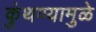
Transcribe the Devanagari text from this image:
कुंथण्यामुळे